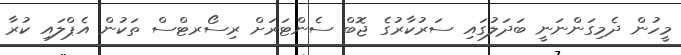
މީހުން ދެމިގަންނަނީ ބަދަލުގައި ސަރުކާރުގެ ޖޮބް ސެންޓަރަށް ރިސޯރޓްސް ތަކުން އެޕްލައި ކުރާ